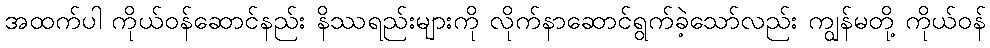
အထက်ပါ ကိုယ်ဝန်ဆောင်နည်း နိဿရည်းများကို လိုက်နာဆောင်ရွက်ခဲ့သော်လည်း ကျွန်မတို့ ကိုယ်ဝန်